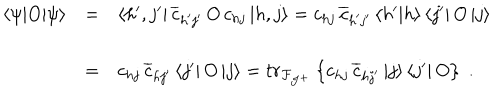
LaTeX: \begin{array} { l l l } { { \left< \psi | O | \psi \right> } } & { { = } } & { { \left< h ^ { \prime } , j ^ { \prime } \right| \overline { { { c } } } _ { h ^ { \prime } j ^ { \prime } } \, O \, { c } _ { h j } \left| h , j \right> = { c } _ { h j } \, \overline { { { c } } } _ { h ^ { \prime } j ^ { \prime } } \left< h ^ { \prime } | h \right> \left< j ^ { \prime } \right| O \left| j \right> } } \\ { { } } & { { = } } & { { { c } _ { h j } \, \overline { { { c } } } _ { h j ^ { \prime } } \left< j ^ { \prime } \right| O \left| j \right> = t r _ { \cal F _ { J ^ { + } } } \left\{ { c } _ { h j } \, \overline { { { c } } } _ { h j ^ { \prime } } \left| j \right> \left< j ^ { \prime } \right| O \right\} \; . } } \\ \end{array}